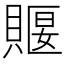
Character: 䞁